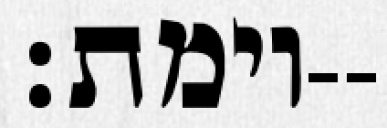
וימת׃--